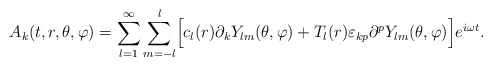
\begin{align*}A_{k}(t,r,\theta,\varphi)=\sum_{l=1}^{\infty}\sum_{m=-l}^{l}\Bigr[c_{l}(r)\partial_{k}Y_{lm}(\theta,\varphi)+T_{l}(r)\varepsilon_{kp}\partial^{p}Y_{lm}(\theta,\varphi)\Bigr]e^{i\omega t}.\end{align*}